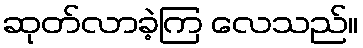
ဆုတ်လာခဲ့ကြ လေသည်။